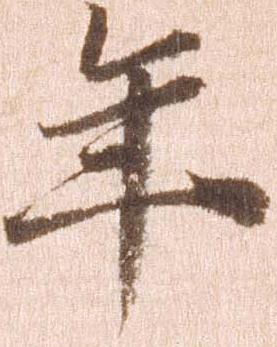
年